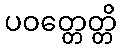
ပဝတ္တေတ္တိ